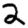
Digit: 2